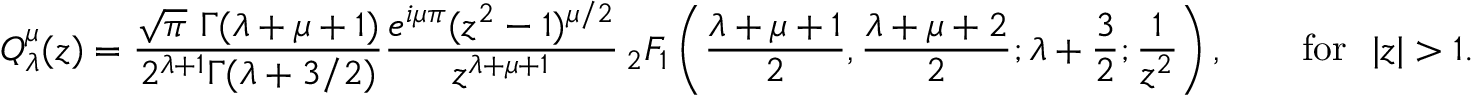
Q _ { \lambda } ^ { \mu } ( z ) = { \frac { { \sqrt { \pi } } \ \Gamma ( \lambda + \mu + 1 ) } { 2 ^ { \lambda + 1 } \Gamma ( \lambda + 3 / 2 ) } } { \frac { e ^ { i \mu \pi } ( z ^ { 2 } - 1 ) ^ { \mu / 2 } } { z ^ { \lambda + \mu + 1 } } } \, _ { 2 } F _ { 1 } \left( { \frac { \lambda + \mu + 1 } { 2 } } , { \frac { \lambda + \mu + 2 } { 2 } } ; \lambda + { \frac { 3 } { 2 } } ; { \frac { 1 } { z ^ { 2 } } } \right) , \qquad { \mathrm { f o r } } \ \ | z | > 1 .